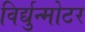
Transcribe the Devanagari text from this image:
विर्द्युन्मोटर